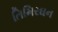
તિમિરઘન